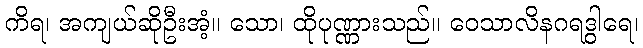
ကိရ၊ အကျယ်ဆိုဦးအံ့။ သော၊ ထိုပုဏ္ဏားသည်။ ဝေသာလိနဂရဒွါရေ၊